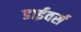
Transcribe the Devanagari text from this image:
डाईवर्स